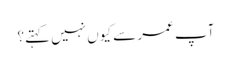
آپ عمر سے کیوں نہیں کہتے؟